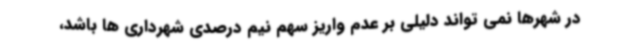
در شهرها نمی تواند دلیلی بر عدم واریز سهم نیم درصدی شهرداری ها باشد،